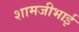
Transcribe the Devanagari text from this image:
शामजीभाई